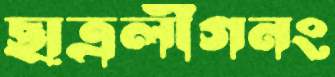
ছাত্রলীগনং